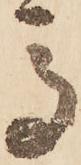
馬